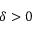
\delta > 0